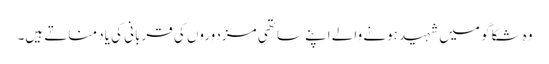
وہ شکاگو میں شہید ہونے والے اپنے ساتھی مزدوروں کی قربانی کی یاد مناتے ہیں۔